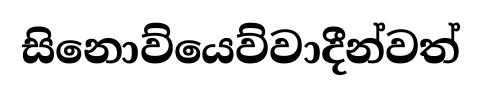
සිනොව්යෙව්වාදීන්වත්